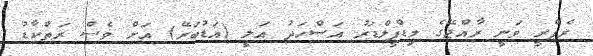
ރެފްރީ ވަނީ ރާއްޖޭގެ މިޑްފީލްޑަރު އަސްހަދު އަލީ (އަޑުބަރޭ) އަށް ވެސް ރަތްކާޑު